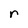
Character: r